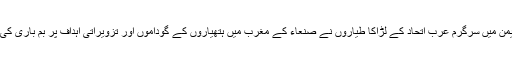
یمن میں سرگرم عرب اتحاد کے لڑاکا طیاروں نے صنعاء کے مغرب میں ہتھیاروں کے گوداموں اور تزویراتی اہداف پر بم باری کی۔